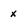
Character: x